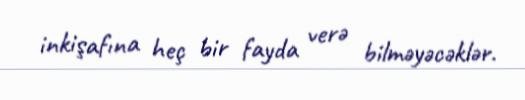
inkişafına heç bir fayda verə bilməyəcəklər.